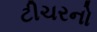
ટીચરનો